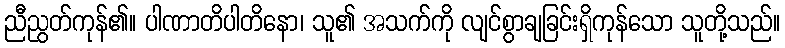
ညီညွတ်ကုန်၏။ ပါဏာတိပါတိနော၊ သူ၏ အသက်ကို လျင်စွာချခြင်းရှိကုန်သော သူတို့သည်။